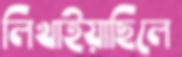
লিখাইয়াছিলে